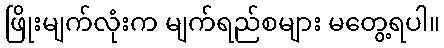
ဖြိုးမျက်လုံးက မျက်ရည်စများ မတွေ့ရပါ။